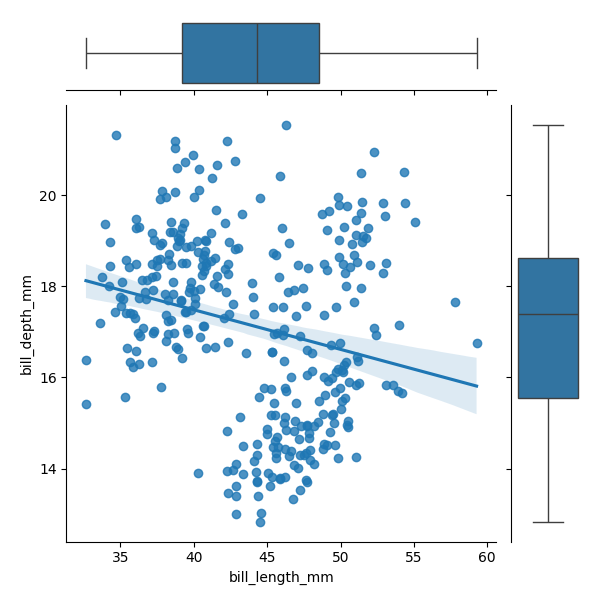
python, seaborn, JointGrid, regplot, boxplot